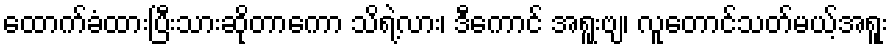
ထောက်ခံထားပြီးသားဆိုတာကော သိရဲ့လား၊ ဒီကောင် အရူးဗျ၊ လူတောင်သတ်မယ့်အရူး